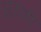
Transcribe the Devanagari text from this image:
राम्‌